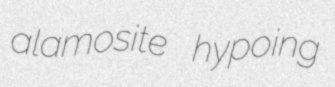
alamosite hypoing